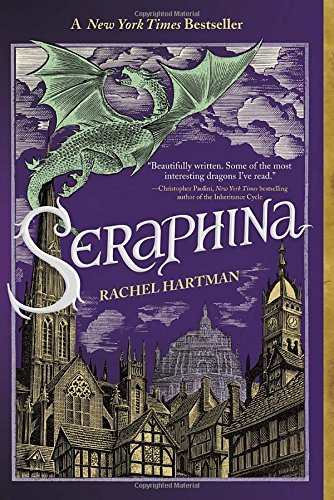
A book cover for Seraphina; Rachel Hartman; Teen & Young Adult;